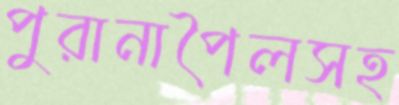
পুরানাপৈলসহ